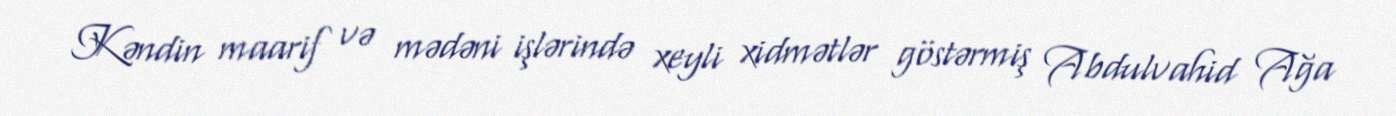
Kəndin maarif və mədəni işlərində xeyli xidmətlər göstərmiş Abdulvahid Ağa